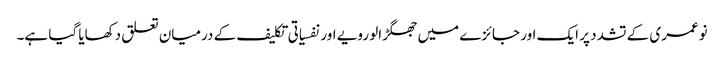
نوعمری کے تشدد پر ایک اور جائزے میں جھگڑالو رویے اور نفسیاتی تکلیف کے درمیان تعلق دکھایا گیا ہے۔